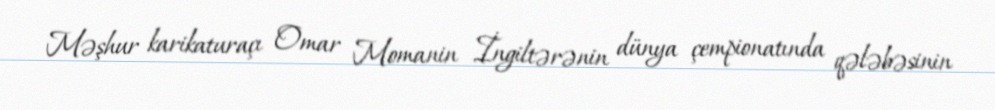
Məşhur karikaturaçı Omar Momanin İngiltərənin dünya çempionatında qələbəsinin